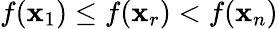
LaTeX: f(\mathbf{x}_{1})\leq f(\mathbf{x}_{r})<f(\mathbf{x}_{n})